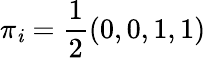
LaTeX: \pi_{\mathit{i}}=\frac{{1}}{{2}}(0,0,1,1)